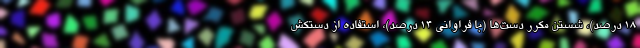
۱۸ درصد)، شستن مکرر دست­ها (با فراوانی ۱۴ درصد)، استفاده از دستکش